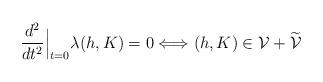
LaTeX: \begin{align*} \frac{d^2}{dt^2}\Big|_{t=0}\lambda(h,K)=0\Longleftrightarrow (h,K)\in \mathcal{V}+\widetilde{\mathcal{V}}\end{align*}